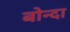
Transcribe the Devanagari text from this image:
बोन्‍दा